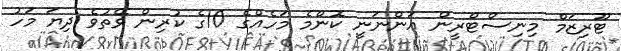
ޓޫރިޒަމް މިނިސްޓްރީން އަންނަނީ ކޮންމެ މަހެއްގެ 10ގެ ކުރިން ވޭތުވެ ދިޔަ މަހު